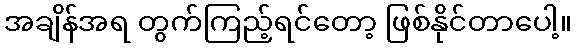
အချိန်အရ တွက်ကြည့်ရင်တော့ ဖြစ်နိုင်တာပေါ့။